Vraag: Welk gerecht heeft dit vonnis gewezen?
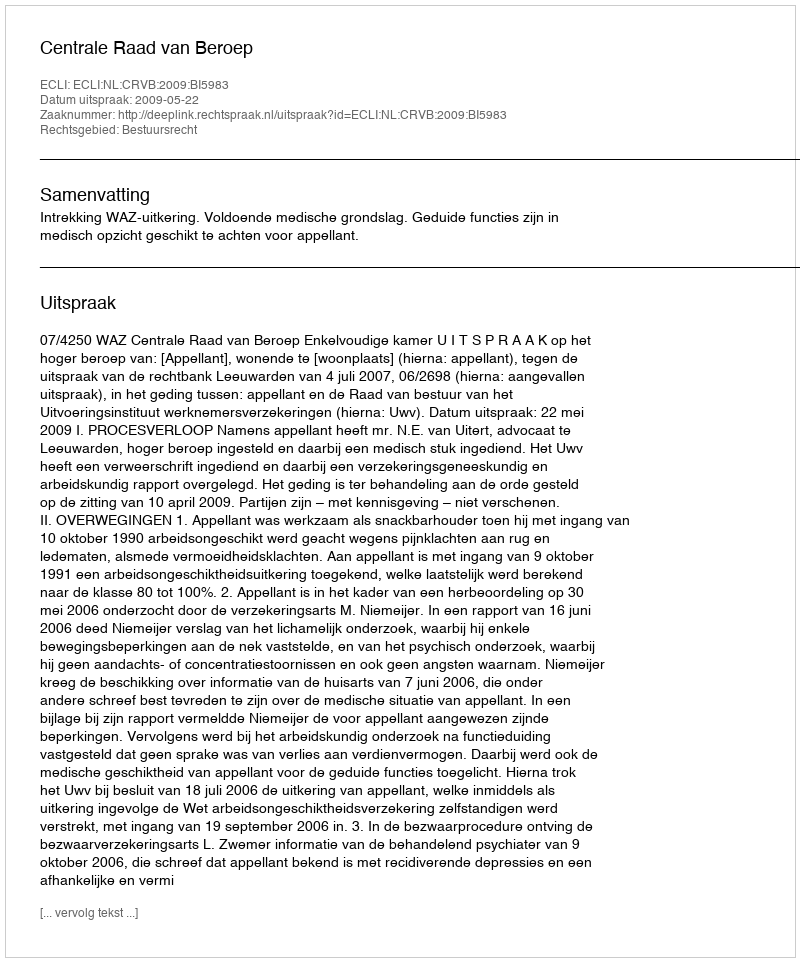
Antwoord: Centrale Raad van Beroep